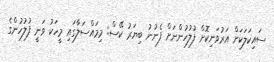
ސައިކަލަކަށް އަރުވަނިކޮށް ފުލުހުންނަށް ފެނުނު ބިޔަރު ކޭސް: މިމައްސަލާގައި މީހަކު ވަނީ ފުލުހުންގެ